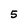
Character: 5